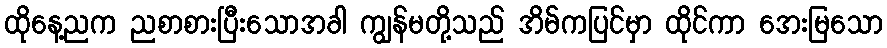
ထိုနေ့ညက ညစာစားပြီးသောအခါ ကျွန်မတို့သည် အိမ်ကပြင်မှာ ထိုင်ကာ အေးမြသော